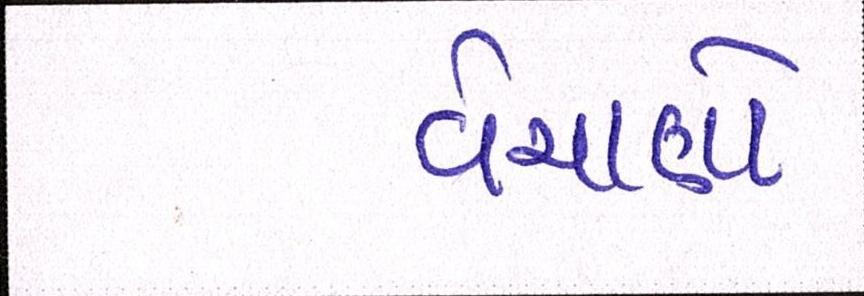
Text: વેચાણો